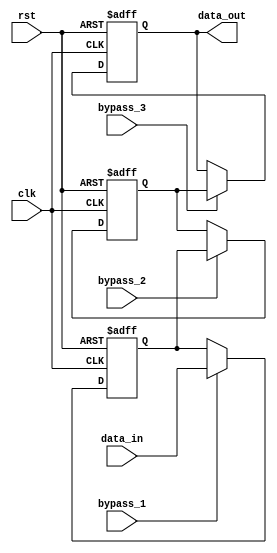
module CascadeBypassRegister (
    input wire clk,
    input wire rst,
    input wire bypass_1,
    input wire bypass_2,
    input wire bypass_3,
    input wire [31:0] data_in,
    output wire [31:0] data_out
);

reg [31:0] reg_1;
reg [31:0] reg_2;
reg [31:0] reg_3;

always @(posedge clk or posedge rst) begin
    if (rst) begin
        reg_1 <= 32'b0;
        reg_2 <= 32'b0;
        reg_3 <= 32'b0;
    end else begin
        reg_1 <= bypass_1 ? data_in : reg_1;
        reg_2 <= bypass_2 ? reg_1 : reg_2;
        reg_3 <= bypass_3 ? reg_2 : reg_3;
    end
end

assign data_out = reg_3;

endmodule